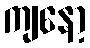
ကျနော့